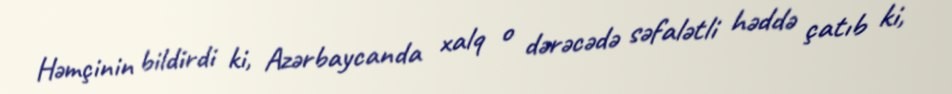
Həmçinin bildirdi ki, Azərbaycanda xalq o dərəcədə səfalətli həddə çatıb ki,